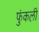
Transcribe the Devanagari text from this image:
फुंकली